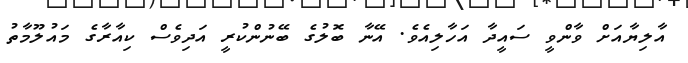
އާލިޔާއަށް ވާންވީ ސައީދާ އަހާލިއެވެ. އޭނާ ބޮލުގެ ބޭނުންކުރީ އަދިވެސް ކިއާރާގެ މައުލޫމާތު